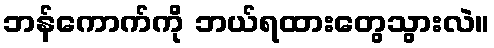
ဘန်ကောက်ကို ဘယ်ရထားတွေသွားလဲ။